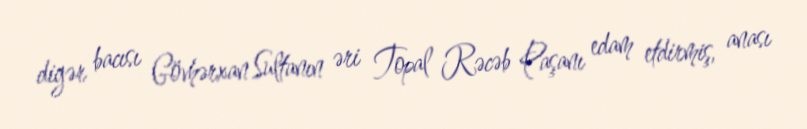
digər bacısı Gövhərxan Sultanın əri Topal Rəcəb Paşanı edam etdirmiş, anası